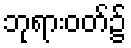
ဘုရားဝတ်၌